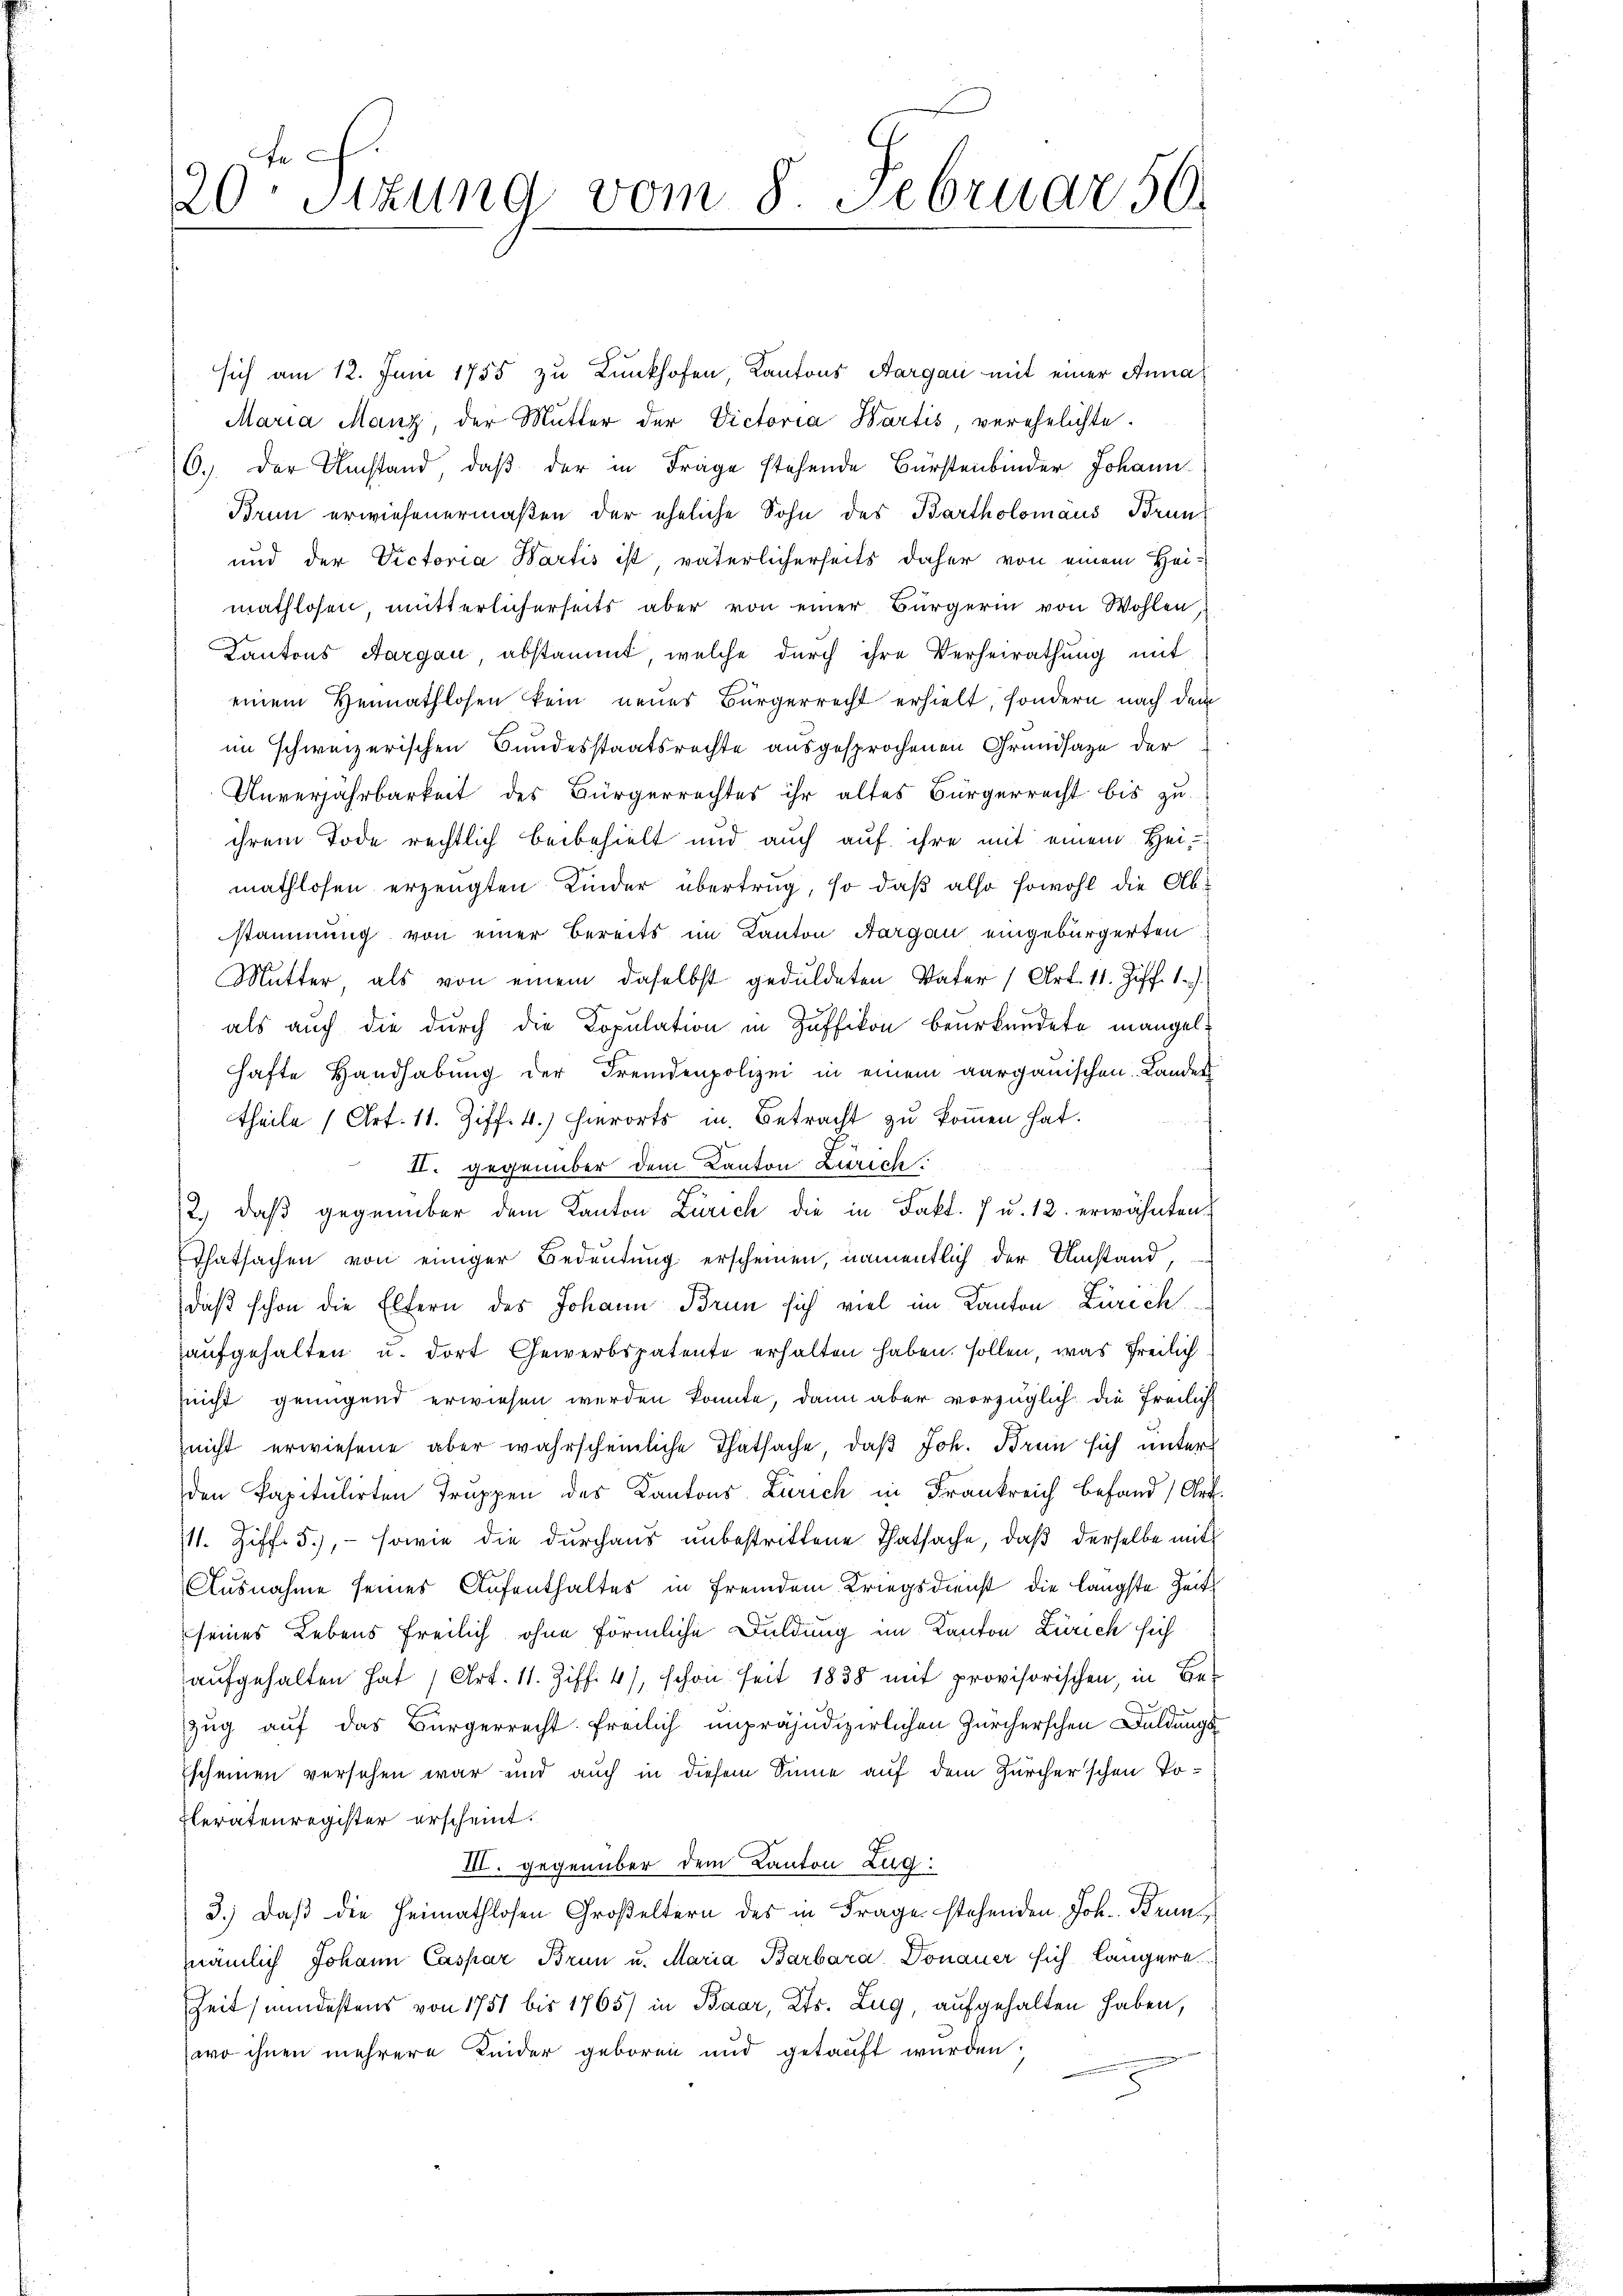
20te Sizung vom 8. Februar 50.

sich am 12. Juni 1785 zu Lunkhofen Kantons Aargau mit einer Anna
Maria Manz, der Mutter der Victoria Bartis, verehelichte
6.) Der Umstand, daß der in Frage stehende Bürstenbinder Johann
Brun erwiesenermaßen der eheliche Sohn des Bartholomäus Brun¬
und der Victoria Bartis ist väterlicherseits daher von einem Hei-
mathlosen mütterlicherseits aber von einer Bürgerin von Wohlen,
Kantons Aargau, abstammt, welche durch ihre Verheirathung mit
einem Heimathlosen kein neues Bürgerrecht erhielt, sondern nach dem
im schweizerischen Bundesstaatsrechte ausgesprochenen Grundsaze der
Unverjährbarkeit des Bürgerrechtes ihr altes Bürgerrecht bis zu
ihrem Tode rechtlich beibehielt und auch auf ihre mit einem Heimathlosen erzeugten Kinder übertrug, so daß also sowohl die Abstammung von einer Bereits im Kanton Aargau eingebürgerten
Mutter als von einem daselbst geduldeten Vater (Art. 11. Ziff. 17.
als auch die durch die Kopulation in Züffikon beurkundete mangelhafte Handhabung der Fremdenpolizei in einem aargauischen Landes
theile (Art. 11. Ziff. 4.) Hierorts in Betracht zŭ koṁen hat.
II. gegenüber dem Kanton Zürich
2.) daß gegenüber dem Kanton Zürich die in Fakt. 7 u. 12. erwähnten
Thatsachen von einiger Bedeutung erscheinen, namentlich der Umstand,
daß schon die Eltern des Johann Brun sich viel im Kanton Zürich
aufgehalten u. dort Gewerbspatente erhalten haben sollen, was freilich
(nicht genügend erwiesen werden könnte, dann aber vorzüglich die freilich
nicht erwiesene aber wahrscheinliche Thatsache, daß Joh. Brun sich unter
den Papitulirten Truppen des Kantons Zürich in Frankreich befand, Art.
11. Ziff. 5), - sowie die durchaus unbestrittene Thatsache, daß derselbe mit
Ausnahme seines Aufenthaltes in fremdem Kriegsdienst die längste Zeits
seines Lebens freilich ohne förmliche Duldung im Kanton Zürich sich
aufgehalten hat (Art. 11. Ziff. 41, schon seit 1838 mit provisorischen, in Bezug auf das Bürgerrecht freilich unpräjudizierlichen Zürcherschen Duldungs¬
Escheinen versehen war und auch in diesem Sinne auf dem Zürcher'schen To¬
Beratenregister erscheint.
III. gegenüber dem Kanton Zug:
3.) Daß die Heimathlosen Großeltern des in Frage stehenden Joh. Kennt
nämlich Johann Caspar Brun u. Maria Barbara Donauer sich längere
Zeit (mindestens von 1751 bis 1765/ in Baar, Kts. Zug, aufgehalten haben,
wo ihnen mehrere Leider geboren und getauft wurden.